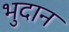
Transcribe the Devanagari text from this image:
भुदान